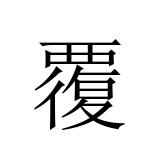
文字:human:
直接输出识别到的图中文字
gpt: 覆